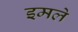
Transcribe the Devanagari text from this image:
इमले